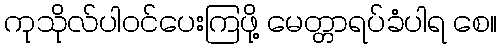
ကုသိုလ်ပါဝင်ပေးကြဖို့ မေတ္တာရပ်ခံပါရ စေ။